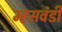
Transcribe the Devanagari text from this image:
म्हसवंडी